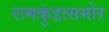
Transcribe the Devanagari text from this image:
रामकुंडासमोर